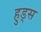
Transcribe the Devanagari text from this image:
हुड्स